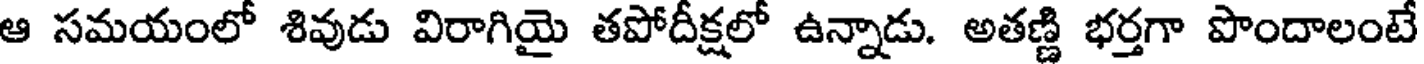
ఆ సమయంలో శివుడు విరాగియై తపోదీక్షలో ఉన్నాడు. అతణ్ణి భర్తగా పొందాలంటే